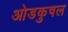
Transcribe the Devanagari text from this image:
ओडकुषल